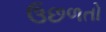
ઉછળતો